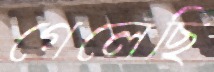
গেলেছি